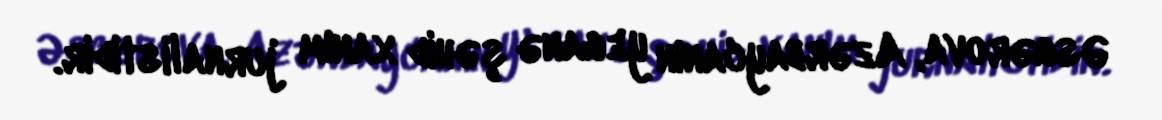
Əsgərova, Azərbaycanın yeganə şəhid xanım jurnalistidir.